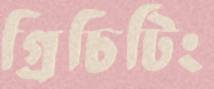
গ্রিচিটিং